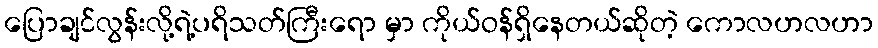
ပြောချင်လွန်းလို့ရဲ့ပရိသတ်ကြီးရော မှာ ကိုယ်ဝန်ရှိနေတယ်ဆိုတဲ့ ကောလဟလဟာ